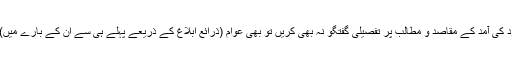
ہم ان وفود کی آمد کے مقاصد و مطالب پر تفصیلی گفتگو نہ بھی کریں تو بھی عوام (ذرائع ابلاغ کے ذریعے پہلے ہی سے ان کے بارے میں) آگاہ ہیں۔